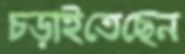
চড়াইতেছেন